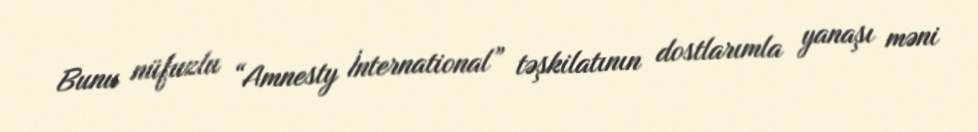
Bunu nüfuzlu “Amnesty İnternational” təşkilatının dostlarımla yanaşı məni